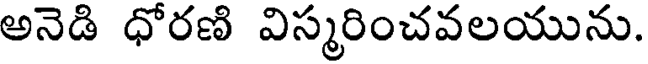
అనెడి ధోరణి విస్మరించవలయును.